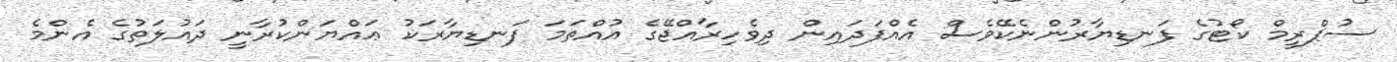
ސުޕްރީމް ކޯޓުގެ ފަނޑިޔާރުންނެކޭވެސް އެއްފަދައިން ދިވެހިރާއްޖޭގެ އުއްތަމަ ފަނޑިޔާރަކު ޢައްޔަންކުރާނީ ދައުލަތުގެ އެންމެ